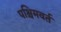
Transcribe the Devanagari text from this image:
पश्चिमवर्त